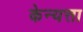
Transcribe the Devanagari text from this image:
केन्यत्ता